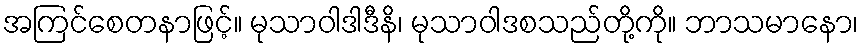
အကြင်စေတနာဖြင့်။ မုသာဝါဒါဒီနိ၊ မုသာဝါဒစသည်တို့ကို။ ဘာသမာနော၊